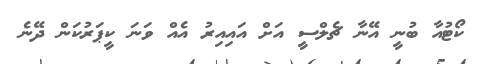
ކޯޓުއާ ބުނީ އޭނާ ޗެލްސީ އަށް އައިއިރު އެއް ވަނަ ކީޕަރުކަން ދޭނެ